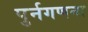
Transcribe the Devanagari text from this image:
पुर्नगणना